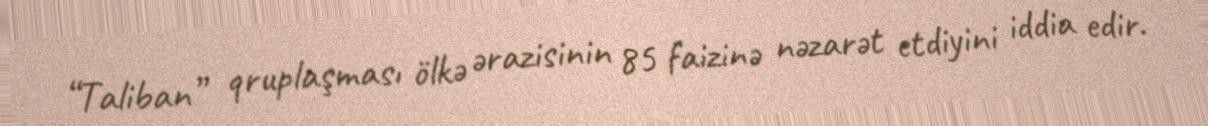
“Taliban” qruplaşması ölkə ərazisinin 85 faizinə nəzarət etdiyini iddia edir.